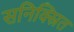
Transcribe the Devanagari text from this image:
सनिक्स्रित